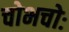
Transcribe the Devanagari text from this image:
चोभचोः